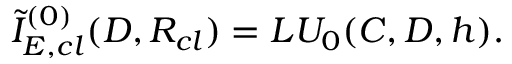
{ \tilde { I } } _ { E , c l } ^ { ( 0 ) } ( D , R _ { c l } ) = L U _ { 0 } ( C , D , h ) .